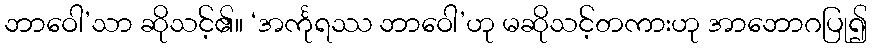
ဘာဝေါ’သာ ဆိုသင့်၏။ ‘အင်္ကုရဿ ဘာဝေါ’ဟု မဆိုသင့်တကားဟု အာဘောဂပြု၍